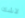
لاشك